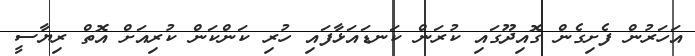
އަހަރުން ފެށިގެން ގޮއިދޫގައި ކުރަން ކަނޑައަޅާފައި ހުރި ކަންކަން ކުރިއަށް އޮތް ރިޔާސީ